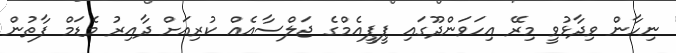
ނިހާން ވިދާޅުވީ މިރޭ އިހަވަންދޫގައި ޕީޕީއެމްގެ ޖަލްސާއެއް ކުރިއަށް ދާއިރު މެޑަމް ފާތުން